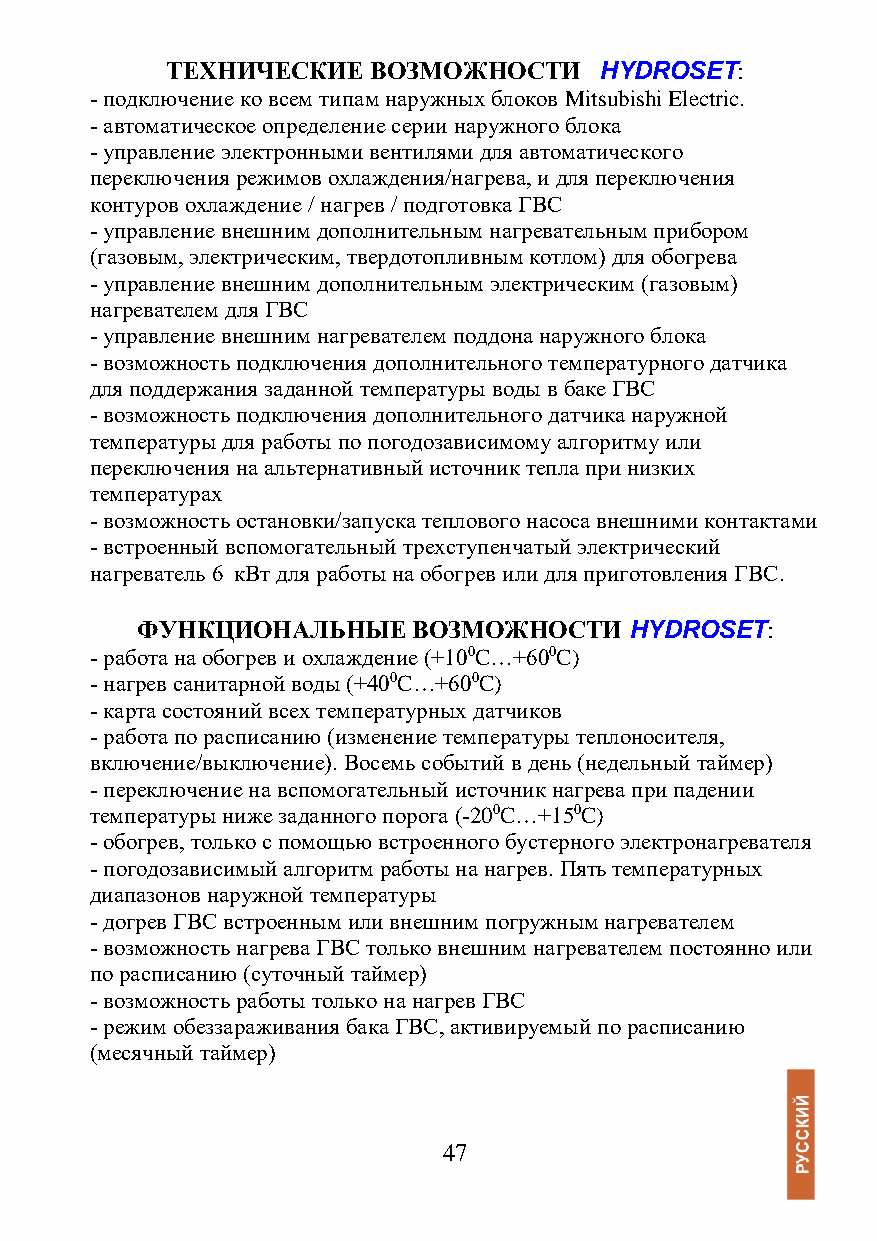
ТЕХНИЧЕСКИЕ  ВОЗМОЖНОСТИ     HYDROSET:
 - подключение ко всем типам наружных блоков Mitsubishi Electric.
 - автоматическое определение серии наружного блока
 - управление электронными вентилями для автоматического
 переключения режимов охлаждения/нагрева, и для переключения
 контуров охлаждение / нагрев / подготовка ГВС
 - управление внешним дополнительным нагревательным прибором
 (газовым, электрическим, твердотопливным котлом) для обогрева
 - управление внешним дополнительным электрическим (газовым)
 нагревателем для ГВС
 - управление внешним нагревателем поддона наружного блока
 - возможность подключения дополнительного температурного датчика
 для поддержания заданной температуры воды в баке ГВС
 - возможность подключения дополнительного датчика наружной
 температуры для работы по погодозависимому алгоритму или
 переключения на альтернативный источник тепла при низких
 температурах
 - возможность остановки/запуска теплового насоса внешними контактами
 - встроенный вспомогательный трехступенчатый электрический
 нагреватель 6 кВт для работы на обогрев или для приготовления ГВС.
 ФУНКЦИОНАЛЬНЫЕ    ВОЗМОЖНОСТИ    HYDROSET:
 - работа на обогрев и охлаждение (+100C…+600C)
 - нагрев санитарной воды (+400C…+600C)
 - карта состояний всех температурных датчиков
 - работа по расписанию (изменение температуры теплоносителя,
 включение/выключение). Восемь событий в день (недельный таймер)
 - переключение на вспомогательный источник нагрева при падении
 температуры ниже заданного порога (-200C…+150C)
 - обогрев, только с помощью встроенного бустерного электронагревателя
 - погодозависимый алгоритм работы на нагрев. Пять температурных
 диапазонов наружной температуры
 - догрев ГВС встроенным или внешним погружным нагревателем
 - возможность нагрева ГВС только внешним нагревателем постоянно или
 по расписанию (суточный таймер)
 - возможность работы только на нагрев ГВС
 - режим обеззараживания бака ГВС, активируемый по расписанию
 (месячный таймер)
 47